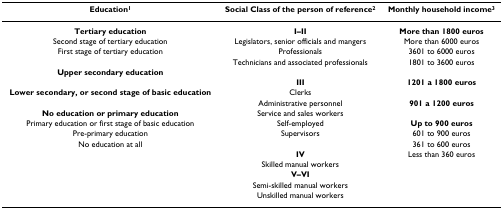
<table><thead><tr><td><b>Education<sup>1</sup></b></td><td><b>Social Class of the person of reference<sup>2</sup></b></td><td><b>Monthly household income<sup>3</sup></b></td></tr></thead><tbody><tr><td><b>Tertiary education</b></td><td><b>I–II</b></td><td><b>More than 1800 euros</b></td></tr><tr><td>Second stage of tertiary education</td><td>Legislators, senior officials and mangers</td><td>More than 6000 euros</td></tr><tr><td>First stage of tertiary education</td><td>Professionals</td><td>3601 to 6000 euros</td></tr><tr><td></td><td>Technicians and associated professionals</td><td>1801 to 3600 euros</td></tr><tr><td><b>Upper secondary education</b></td><td></td><td></td></tr><tr><td></td><td><b>III</b></td><td><b>1201 a 1800 euros</b></td></tr><tr><td><b>Lower secondary, or second stage of basic education</b></td><td>Clerks</td><td></td></tr><tr><td></td><td>Administrative personnel</td><td><b>901 a 1200 euros</b></td></tr><tr><td><b>No education or primary education</b></td><td>Service and sales workers</td><td></td></tr><tr><td>Primary education or first stage of basic education</td><td>Self-employed</td><td><b>Up to 900 euros</b></td></tr><tr><td>Pre-primary education</td><td>Supervisors</td><td>601 to 900 euros</td></tr><tr><td>No education at all</td><td></td><td>361 to 600 euros</td></tr><tr><td></td><td><b>IV</b></td><td>Less than 360 euros</td></tr><tr><td></td><td>Skilled manual workers</td><td></td></tr><tr><td></td><td><b>V–VI</b></td><td></td></tr><tr><td></td><td>Semi-skilled manual workers</td><td></td></tr><tr><td></td><td>Unskilled manual workers</td><td></td></tr></tbody></table>